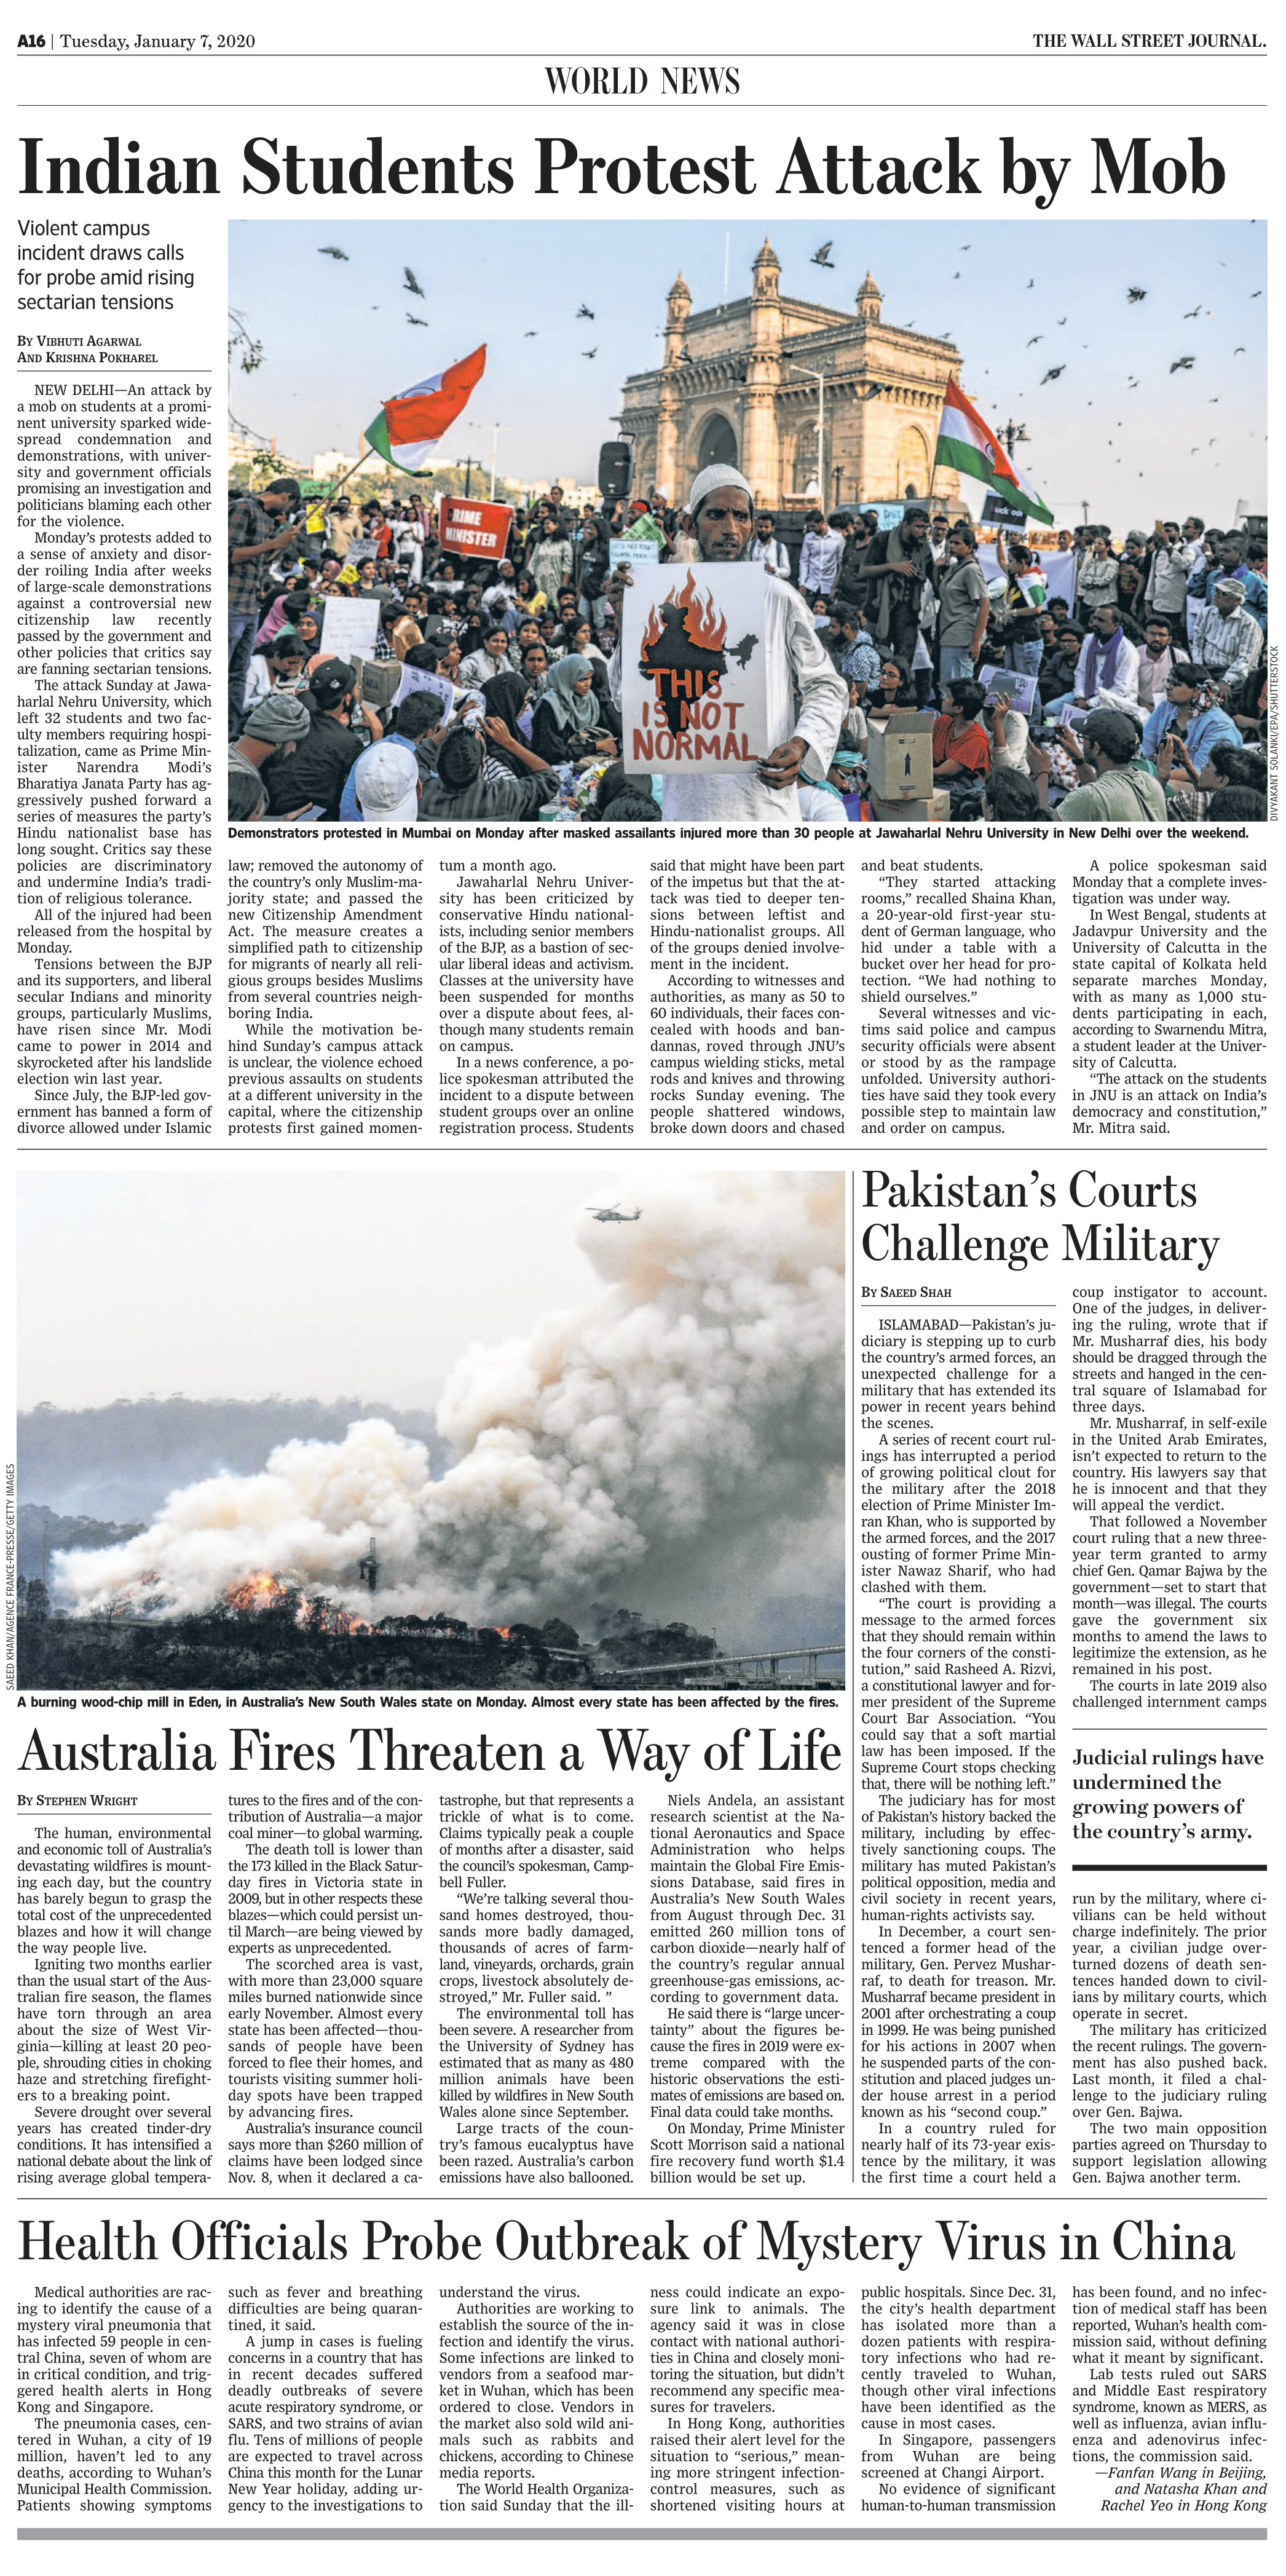
Language: en